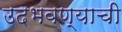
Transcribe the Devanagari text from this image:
उदभवण्याची